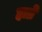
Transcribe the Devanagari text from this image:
हाव्रे